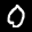
Label: 0